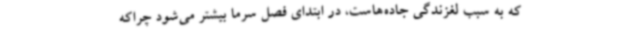
که به سبب لغزندگی جاده‌هاست، در ابتدای فصل سرما بیشتر می‌شود چراکه